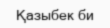
Қазыбек би